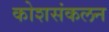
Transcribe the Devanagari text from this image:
कोशसंकलन